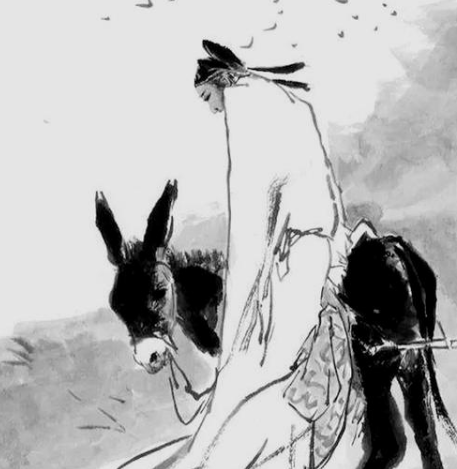
王粲登临寥落际。雁飞不断天连水。